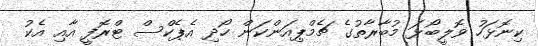
ކިނޮޅަހު ވޮލީބޯޅަ މުބާރާތުގެ ޗެމްޕިއަންކަން ހޯދި އެޕެކްސް ޓްރޮފީ އާއި އެކު